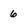
Character: 6